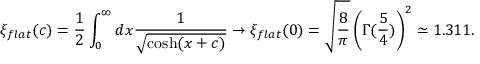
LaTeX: \xi _ { f l a t } ( c ) = \frac 1 2 \int _ { 0 } ^ { \infty } d x \frac { 1 } { \sqrt { \cosh ( x + c ) } } \rightarrow \xi _ { f l a t } ( 0 ) = \sqrt { \frac { 8 } { \pi } } \left( \Gamma ( \frac { 5 } { 4 } ) \right) ^ { 2 } \simeq 1 . 3 1 1 .